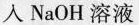
入NaOH溶液